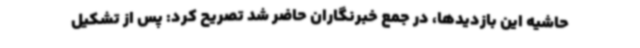
حاشیه این بازدیدها، در جمع خبرنگاران حاضر شد تصریح کرد: پس از تشکیل